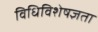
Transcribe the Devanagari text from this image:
विधिविशेषज्ञता